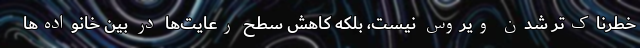
خطرناک‌تر شدن ویروس نیست، بلکه کاهش سطح رعایت‌ها در بین خانواده‌ها